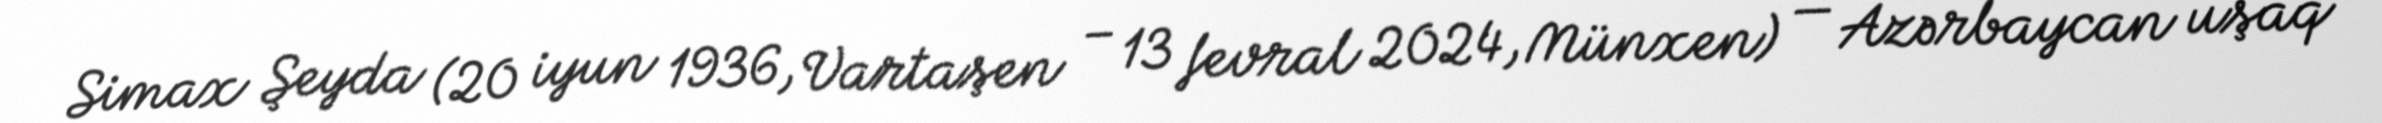
Simax Şeyda (20 iyun 1936, Vartaşen – 13 fevral 2024, Münxen) — Azərbaycan uşaq